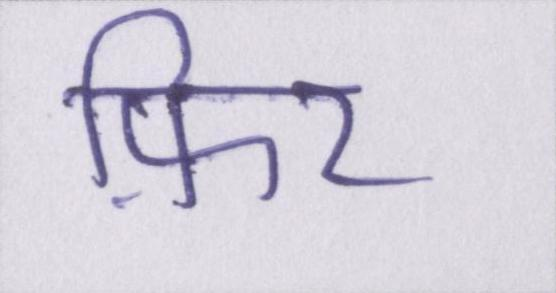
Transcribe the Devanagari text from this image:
फ़िर